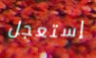
إستعجل